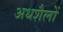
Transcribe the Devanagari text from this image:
अधशैलों